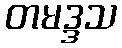
တမဒ္ဒသ